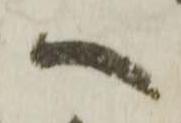
へ